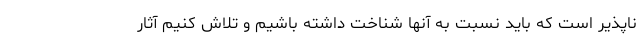
ناپذیر است که باید نسبت به آنها شناخت داشته باشیم و تلاش کنیم آثار